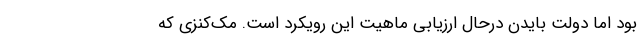
بود اما دولت بایدن درحال ارزیابی ماهیت این رویکرد است. مک‌کنزی که